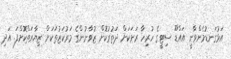
އަޅުގަނޑުމެންވާނީ އައްޑޫ ސިޓީގެ ހުރިހާ ރަށަކަށް ދަތުރުކޮށް ޒުވާނުންގެ މަރުކަޒުތަކަށް ޒިޔާރަތްކޮށްފަ. އަދި